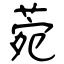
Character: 菀